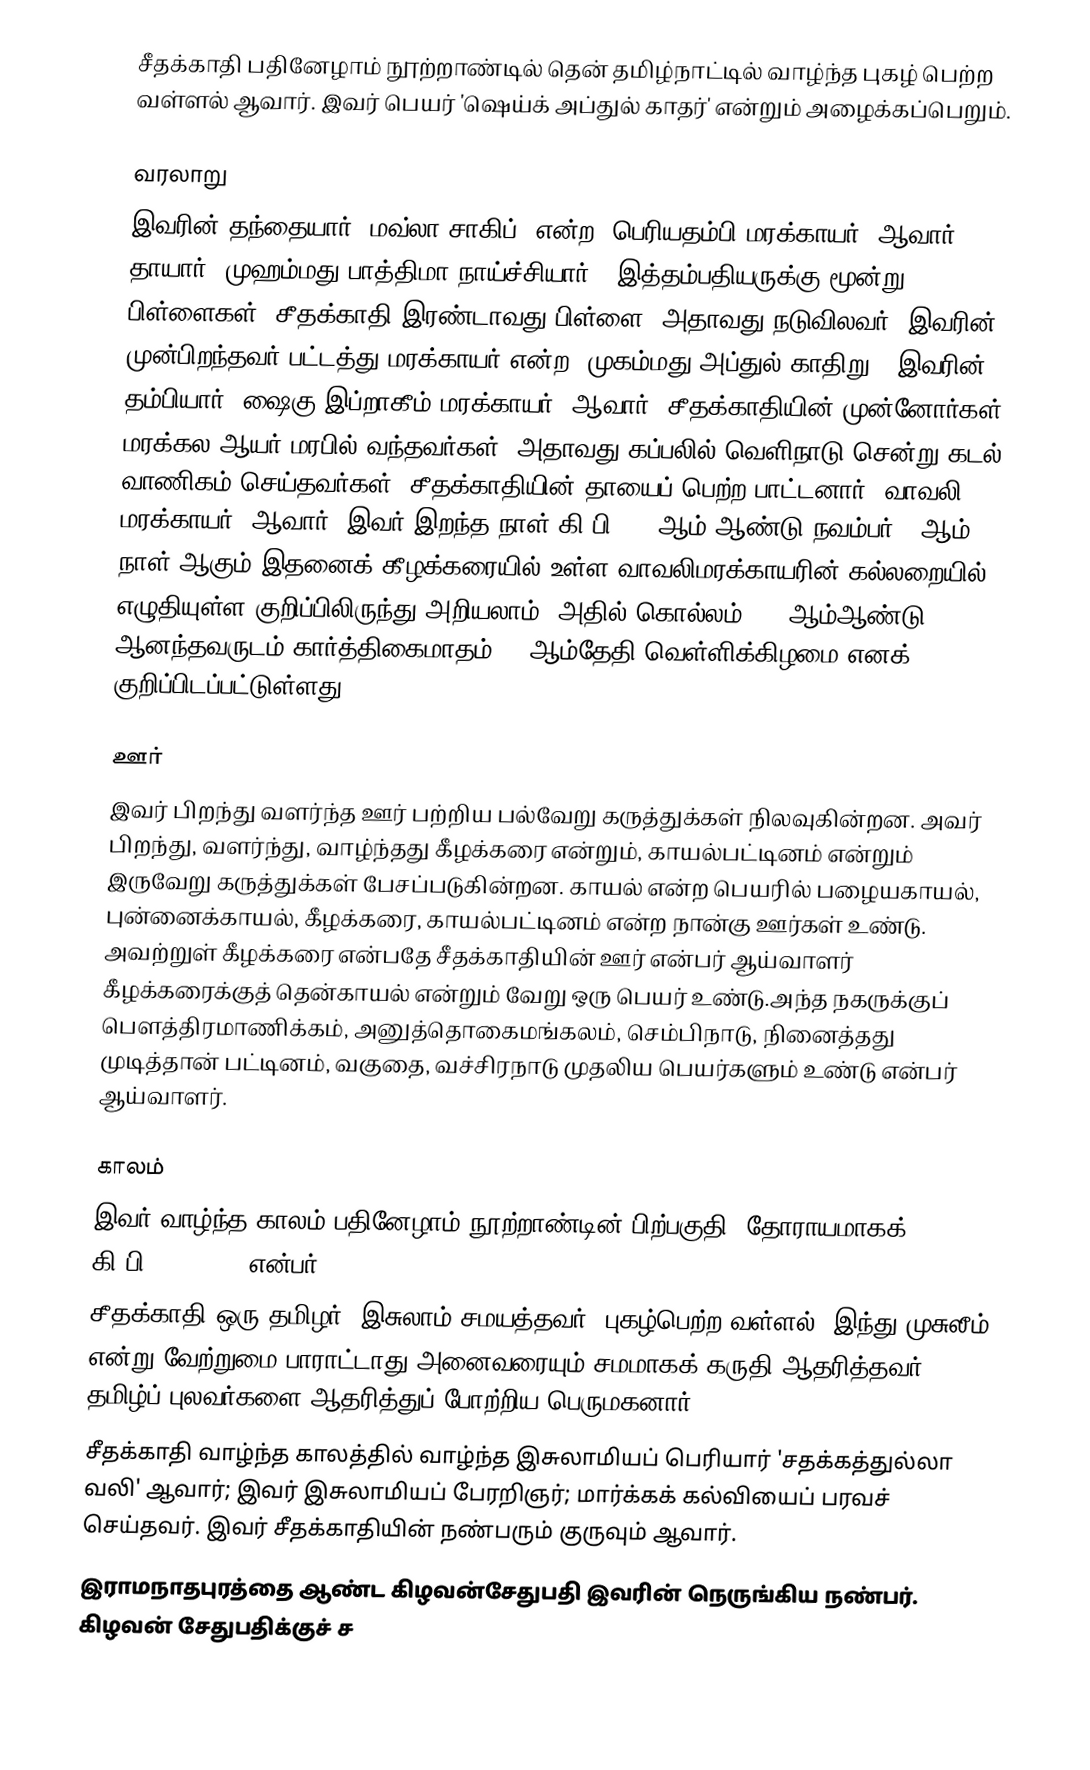
சீதக்காதி பதினேழாம் நூற்றாண்டில் தென் தமிழ்நாட்டில் வாழ்ந்த புகழ் பெற்ற வள்ளல் ஆவார். இவர் பெயர் 'ஷெய்க் அப்துல் காதர்' என்றும் அழைக்கப்பெறும்.

வரலாறு
இவரின் தந்தையார் 'மவ்லா சாகிப்' என்ற 'பெரியதம்பி மரக்காயர்' ஆவார். தாயார் 'முஹம்மது பாத்திமா நாய்ச்சியார்'. இத்தம்பதியருக்கு மூன்று பிள்ளைகள். சீதக்காதி இரண்டாவது பிள்ளை, அதாவது நடுவிலவர். இவரின் முன்பிறந்தவர் பட்டத்து மரக்காயர் என்ற 'முகம்மது அப்துல் காதிறு'; இவரின் தம்பியார் 'ஷைகு இப்றாகீம் மரக்காயர்' ஆவார். சீதக்காதியின் முன்னோர்கள் மரக்கல ஆயர் மரபில் வந்தவர்கள், அதாவது கப்பலில் வெளிநாடு சென்று கடல் வாணிகம் செய்தவர்கள்; சீதக்காதியின் தாயைப் பெற்ற பாட்டனார் 'வாவலி மரக்காயர்' ஆவார். இவர் இறந்த நாள் கி.பி.1614ஆம் ஆண்டு நவம்பர் 25ஆம் நாள் ஆகும்.இதனைக் கீழக்கரையில் உள்ள வாவலிமரக்காயரின் கல்லறையில் எழுதியுள்ள குறிப்பிலிருந்து அறியலாம்; அதில் கொல்லம் 790 ஆம்ஆண்டு ஆனந்தவருடம் கார்த்திகைமாதம் 26 ஆம்தேதி வெள்ளிக்கிழமை எனக் குறிப்பிடப்பட்டுள்ளது.

ஊர்
இவர் பிறந்து வளர்ந்த ஊர் பற்றிய பல்வேறு கருத்துக்கள் நிலவுகின்றன. அவர் பிறந்து, வளர்ந்து, வாழ்ந்தது கீழக்கரை என்றும், காயல்பட்டினம் என்றும் இருவேறு கருத்துக்கள் பேசப்படுகின்றன. காயல் என்ற பெயரில் பழையகாயல், புன்னைக்காயல், கீழக்கரை, காயல்பட்டினம் என்ற நான்கு ஊர்கள் உண்டு. அவற்றுள் கீழக்கரை என்பதே சீதக்காதியின் ஊர் என்பர் ஆய்வாளர் கீழக்கரைக்குத் தென்காயல் என்றும் வேறு ஒரு பெயர் உண்டு.அந்த நகருக்குப் பௌத்திரமாணிக்கம், அனுத்தொகைமங்கலம், செம்பிநாடு, நினைத்தது முடித்தான் பட்டினம், வகுதை, வச்சிரநாடு முதலிய பெயர்களும் உண்டு என்பர் ஆய்வாளர்.

காலம்
இவர் வாழ்ந்த காலம் பதினேழாம் நூற்றாண்டின் பிற்பகுதி; தோராயமாகக் கி.பி.1650-1720 என்பர்.
சீதக்காதி ஒரு தமிழர். இசுலாம் சமயத்தவர்; புகழ்பெற்ற வள்ளல். இந்து-முசுலீம் என்று வேற்றுமை பாராட்டாது அனைவரையும் சமமாகக் கருதி ஆதரித்தவர்; தமிழ்ப் புலவர்களை ஆதரித்துப் போற்றிய பெருமகனார்.
சீதக்காதி வாழ்ந்த காலத்தில் வாழ்ந்த இசுலாமியப் பெரியார் 'சதக்கத்துல்லா வலி' ஆவார்; இவர் இசுலாமியப் பேரறிஞர்; மார்க்கக் கல்வியைப் பரவச் செய்தவர். இவர் சீதக்காதியின் நண்பரும் குருவும் ஆவார்.
இராமநாதபுரத்தை ஆண்ட கிழவன்சேதுபதி இவரின் நெருங்கிய நண்பர். கிழவன் சேதுபதிக்குச் ச